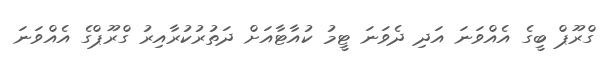
ގްރޫޕް ބީގެ އެއްވަނަ އަދި ދެވަނަ ޓީމު ކުއާޓާއަށް ދަތުރުކުރާއިރު ގްރޫޕްގެ އެއްވަނަ